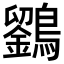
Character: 𪆱